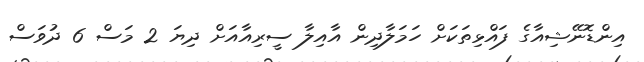
އިންޑޮނޭޝިއާގެ ފައްޅިތަކަށް ހަމަލާދިން އާއިލާ ސީރިއާއަށް ދިޔަ 2 މަސް 6 ދުވަސް